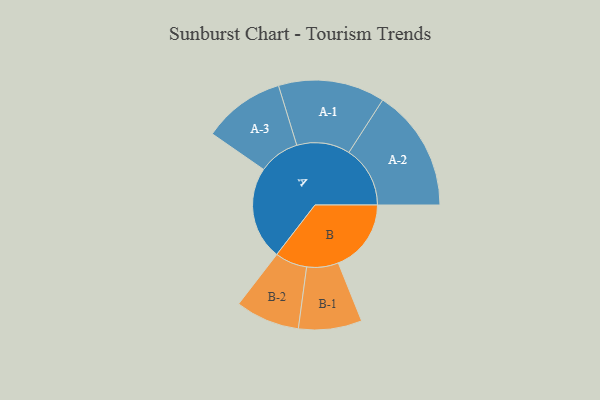
{"axis": {"x": "Segment", "y": "Value"}, "legend": ["", "A", "B"], "data": [{"x": "A", "y": 400, "type": ""}, {"x": "B", "y": 313, "type": ""}, {"x": "A-1", "y": 229, "type": "A"}, {"x": "A-2", "y": 263, "type": "A"}, {"x": "A-3", "y": 176, "type": "A"}, {"x": "B-1", "y": 136, "type": "B"}, {"x": "B-2", "y": 138, "type": "B"}]}